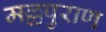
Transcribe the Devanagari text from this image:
मल्लपुराण